Reports on dispensaries and lunatic asylums in the Province of Oudh - 1869-1876
Year: 1869
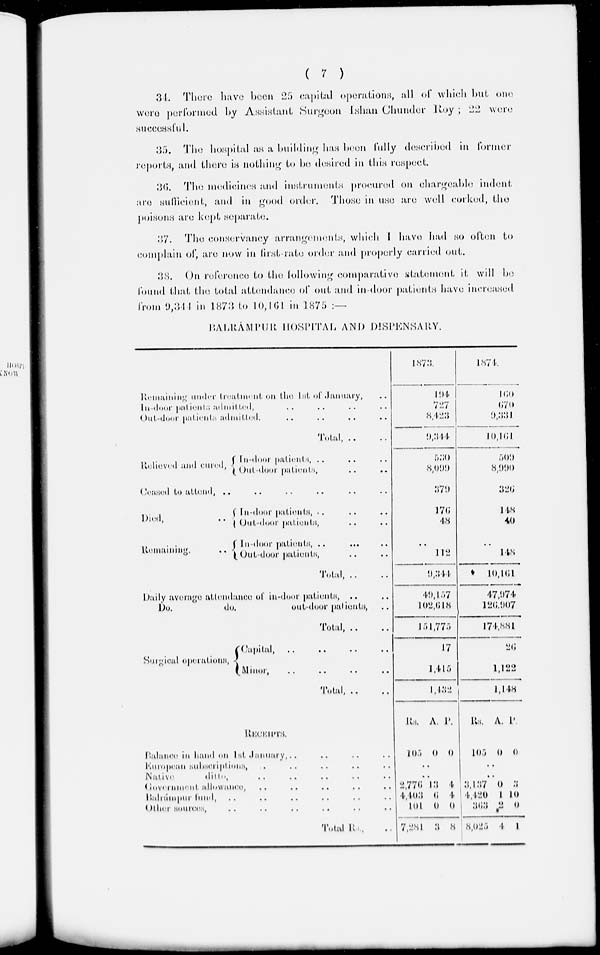
( 7 )
31. There have been 25 capital operations, all of which but one
were performed by Assistant Surgeon Ishan Chunder Roy; 22 were
successful.
35. The hospital as a building has been fully described in former
reports, and there is nothing to be desired in this respect.
36. The medicines and instruments procured on chargeable indent
are sufficient
and in good order. Those in use are well corked, the
poisons are kept separate.
37. The conservancy arrangements, which I have had so often to
complain of, are now in first rate order and properly carried out.
38. On reference to the following comparative statement it will be
found that, the total attendance of out and in-door patients have increased
from 9,344 in 1873 to 10,161 in 1875 :—
BALRAMPUR HOSPITAL AND DESPENSARY.
Remaining under treatment on the 1st of January, ..
In-door patients admitted, .. .. .. ..
Out-door patients admitted. .. .. .. ..
Total, .. ..
Relieved and cured ,
In-door patients, .. .. ..
Out-door patients, .. ..
Ceased to attend, .. .. .. .. .. ..
Died,
..
Remaining.
..
In-door patients , .. .. ..
Out-door patients , .. ..
In-door patients , .. .. ..
Out-door patients, .. ..
Total, ..
Daily average attendance of in-door patients , .. ..
Do.
do.
out-door patients , ..
Total, ..
Surgical operations ,
Capital, .. .. .. ..
Minor, .. .. .. ..
Total, .. ..
1873.
194
727
8,423
9,344
530
8,099
379
176
48
..
112
9,344
49,157
102,618
151 ,775
17
1,415
1,432
1874.
160
670
9,331
10,161
509
8,990
326
148
40
..
148
10,161
47,974
126,907
174,881
26
1,122
1,148
RECEIPTS
Balance in hand on 1st January, . . .. ..
European subscriptions , .. .. .. .. ..
Native ditto, .. .. .. .. ..
Government, allowance, .. .. .. .. ..
Balrámpur fund, .. .. .. .. .. ..
Other Sources, .. .. .. .. ..
Total Rs, ..
Rs. A. P.
105 0 0
..
..
2,776
4,403
101
7,281
13
6
0
3
4
4
0
8
Rs. A. P
105 0 0
..
..
3,137
4,420
363
8,025
0
1
2
4
3
10
0
1